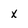
Character: x